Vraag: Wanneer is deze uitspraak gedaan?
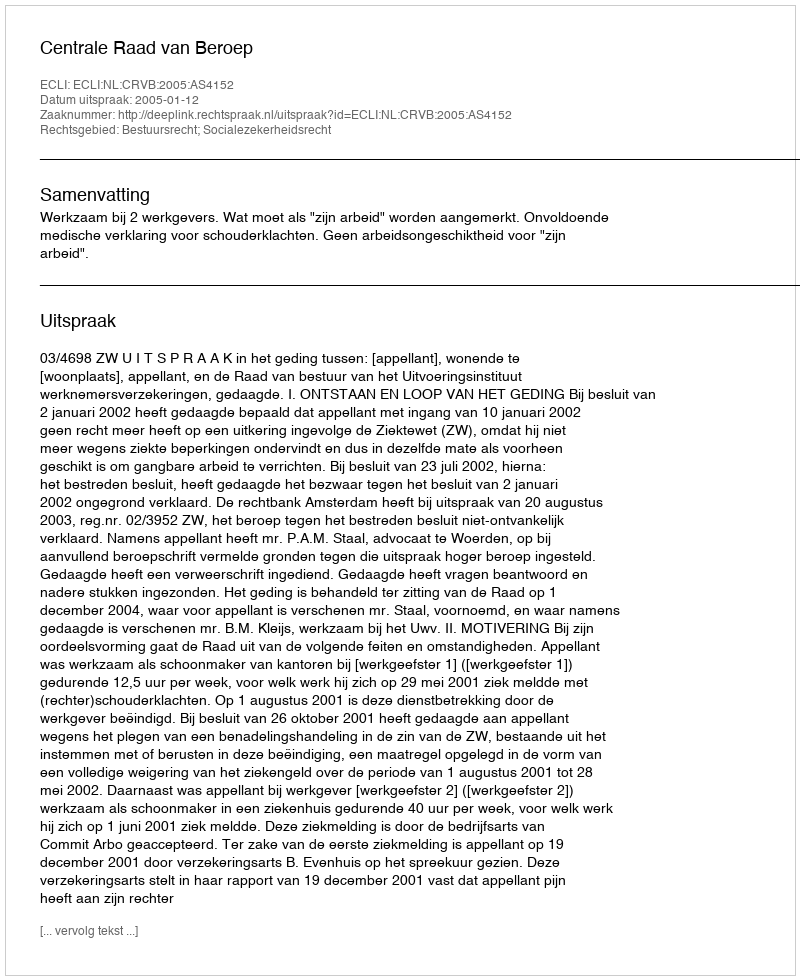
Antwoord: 2005-01-12